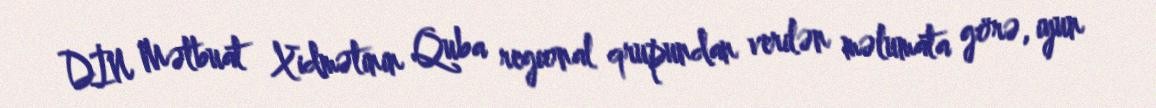
DİN Mətbuat Xidmətinin Quba regional qrupundan verilən məlumata görə, iyun